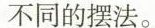
不同的摆法。